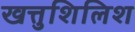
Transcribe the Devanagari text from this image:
खत्तुशिलिश